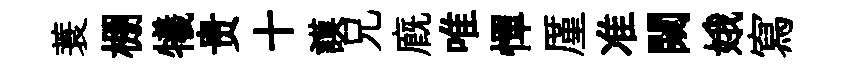
蓑棚犧贵十謨兄廐唯憚厪准闚娥寫